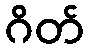
ဂိတ်